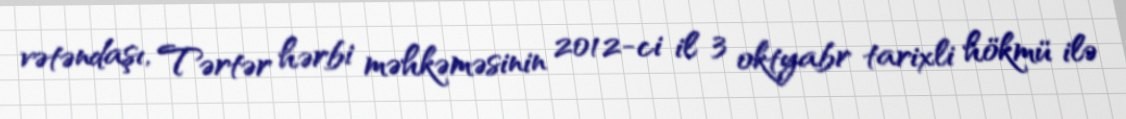
vətəndaşı, Tərtər hərbi məhkəməsinin 2012-ci il 3 oktyabr tarixli hökmü ilə